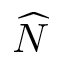
\widehat { N }